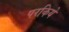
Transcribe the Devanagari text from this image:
परकिये